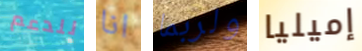
للدعم انا ولربما إميليا